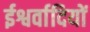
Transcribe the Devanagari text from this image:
ईश्वर्वादियों